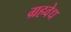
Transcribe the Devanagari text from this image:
ग्रहवेध